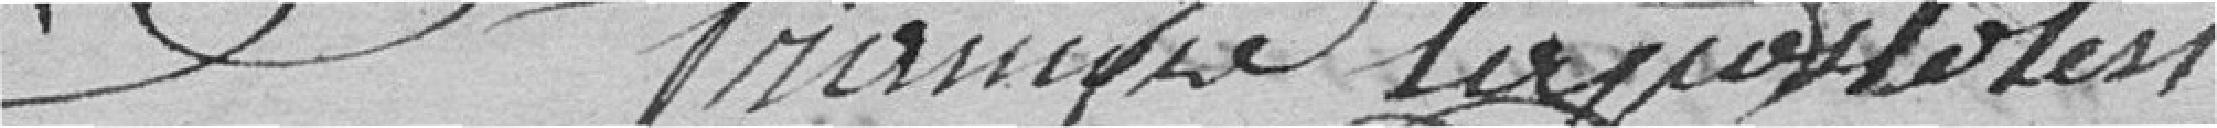
François Lapostolet